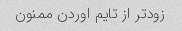
زودتر از تایم اوردن ممنون